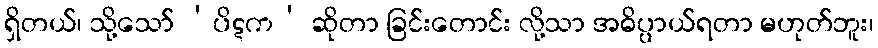
ရှိတယ်၊ သို့သော် ‘ပိဋက’ ဆိုတာ ခြင်းတောင်း လို့သာ အဓိပ္ပာယ်ရတာ မဟုတ်ဘူး၊